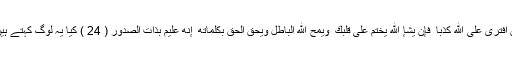
بےشک خدا بخشنے والا قدردان ہےأَمْ يَقُولُونَ افْتَرَىٰ عَلَى اللَّهِ كَذِبًا ۖ فَإِن يَشَإِ اللَّهُ يَخْتِمْ عَلَىٰ قَلْبِكَ ۗ وَيَمْحُ اللَّهُ الْبَاطِلَ وَيُحِقُّ الْحَقَّ بِكَلِمَاتِهِ ۚ إِنَّهُ عَلِيمٌ بِذَاتِ الصُّدُورِ ( 24 ) کیا یہ لوگ کہتے ہیں کہ پیغمبر نے خدا پر جھوٹ باندھ لیا ہے؟